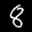
Label: 8